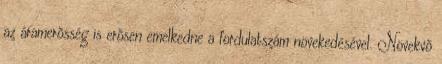
az áramerõsség is erõsen emelkedne a fordulatszám növekedésével. Növekvõ